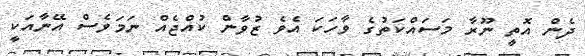
ދެން އޮތީ ނޫރާ މަސައްކަތުގެ ވާހަކަ އެވެ ޒުވާން ކުއްޖެއް ނަމަވެސް އޭނާއަކީ